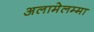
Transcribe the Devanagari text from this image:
अलामेलम्मा